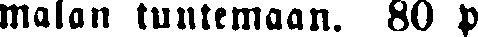
malan tuntemaan. 80 p